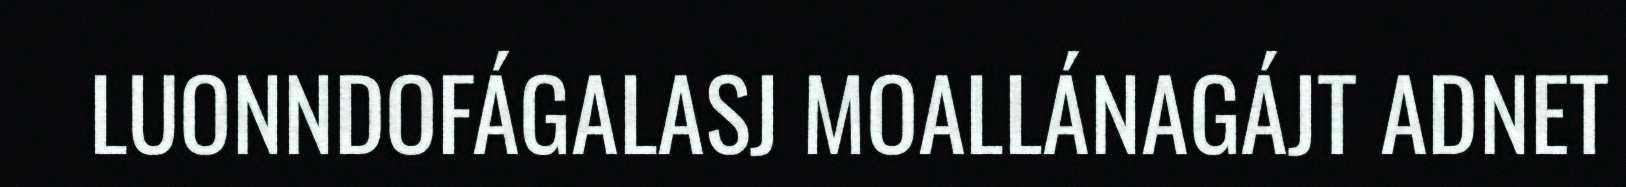
LUONNDOFÁGALASJ MOALLÁNAGÁJT ADNET